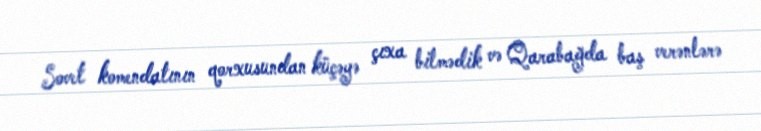
Sovet komendatının qorxusundan küçəyə çıxa bilmədik və Qarabağda baş verənlərə